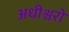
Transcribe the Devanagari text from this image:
अधीश्वरो